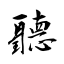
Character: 聽